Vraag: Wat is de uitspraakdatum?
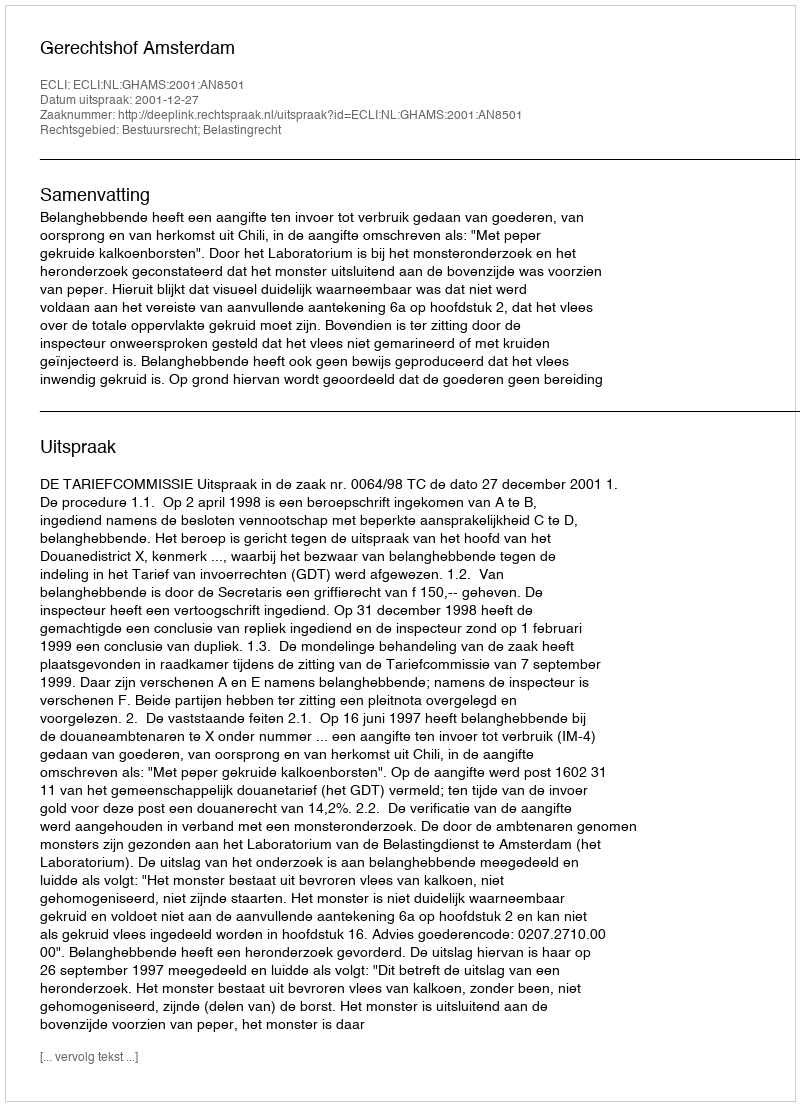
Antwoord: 2001-12-27